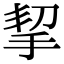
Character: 挈